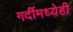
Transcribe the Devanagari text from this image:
गर्दीमध्येही